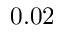
0 . 0 2